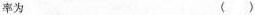
率为 （ ）